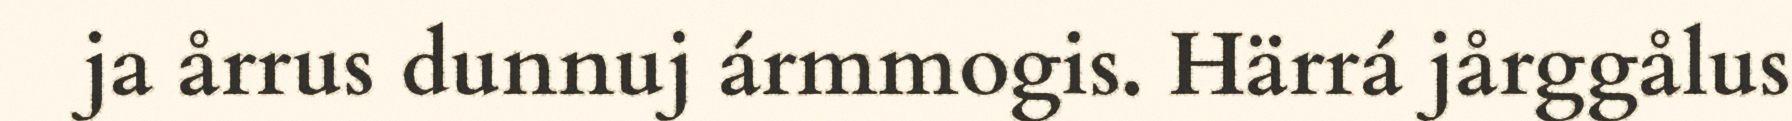
ja årrus dunnuj ármmogis. Härrá jårggålus